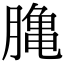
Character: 𪚲